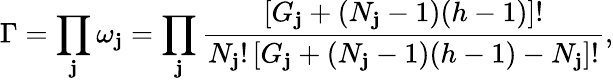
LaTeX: \Gamma=\prod_{\mathbf{j}}\omega_{\mathbf{j}}=\prod_{\mathbf{j}}\frac{{\left[G_{\mathbf{j}}+(N_{\mathbf{j}}-1)(h-1)\right]!}}{{N_{\mathbf{j}}!\left[G_{\mathbf{j}}+(N_{\mathbf{j}}-1)(h-1)-N_{\mathbf{j}}\right]!}},